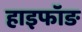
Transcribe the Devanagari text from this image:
हाइफॉङ